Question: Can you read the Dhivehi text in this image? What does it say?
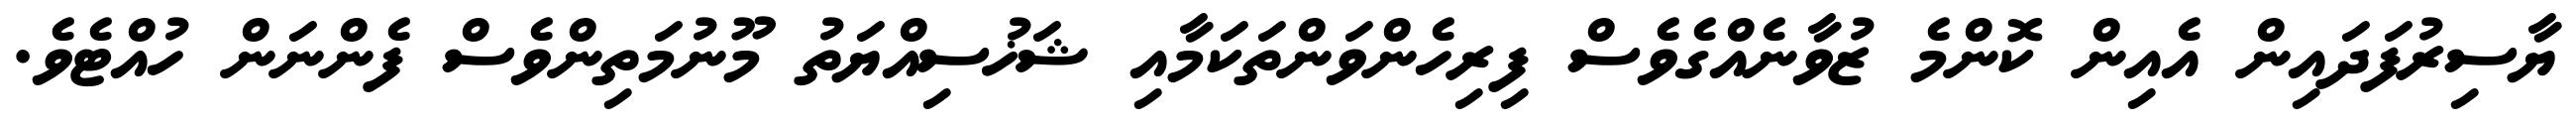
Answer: ޔާސިރުފަދައިން އެއިން ކޮންމެ ޒުވާނެއްގެވެސް ފިރިހެންވަންތަކަމާއި ޝަޚުސިއްޔަތު މޫނުމަތިންވެސް ފެންނަން ހުއްޓެވެ.